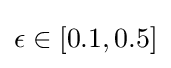
\epsilon \in [0.1,0.5]